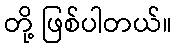
တို့ ဖြစ်ပါတယ်။